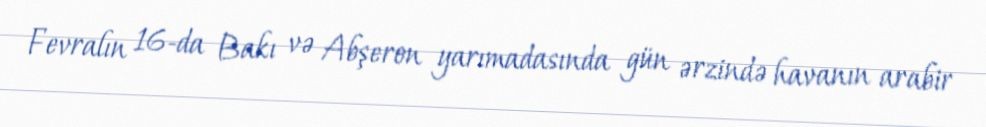
Fevralın 16-da Bakı və Abşeron yarımadasında gün ərzində havanın arabir